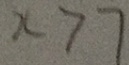
x > 7